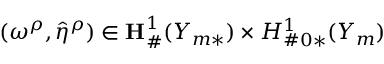
( \boldsymbol { \omega } ^ { \rho } , \hat { \eta } ^ { \rho } ) \in { \bf { H } } _ { \# } ^ { 1 } ( Y _ { m * } ) \times H _ { \# 0 * } ^ { 1 } ( Y _ { m } )